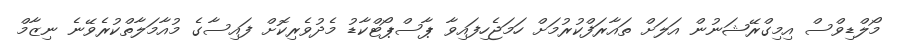
މޯލްޑިވްސް އިމިގްރޭޝަނުން އަލަށް ތައާރަފްކުރުމަށް ހަމަޖެހިފައިވާ ޕާސްޕޯޓްކާޑު މެދުވެރިކޮށް ފައިސާގެ މުއާމަލާތްކުރެވޭނެ ނިޒާމް